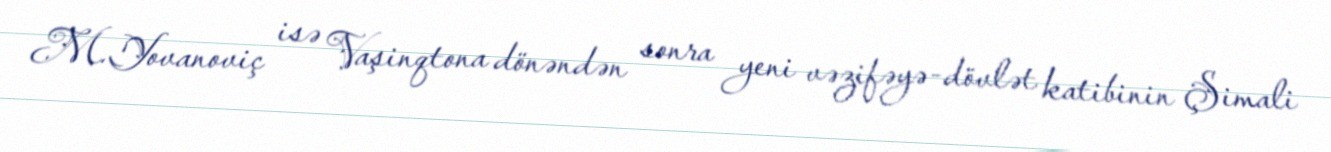
M.Yovanoviç isə Vaşinqtona dönəndən sonra yeni vəzifəyə-dövlət katibinin Şimali